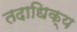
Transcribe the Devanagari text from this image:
तदाधिक्य